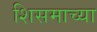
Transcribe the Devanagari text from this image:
शिसमाच्या